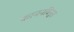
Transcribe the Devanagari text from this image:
काननबिनुस